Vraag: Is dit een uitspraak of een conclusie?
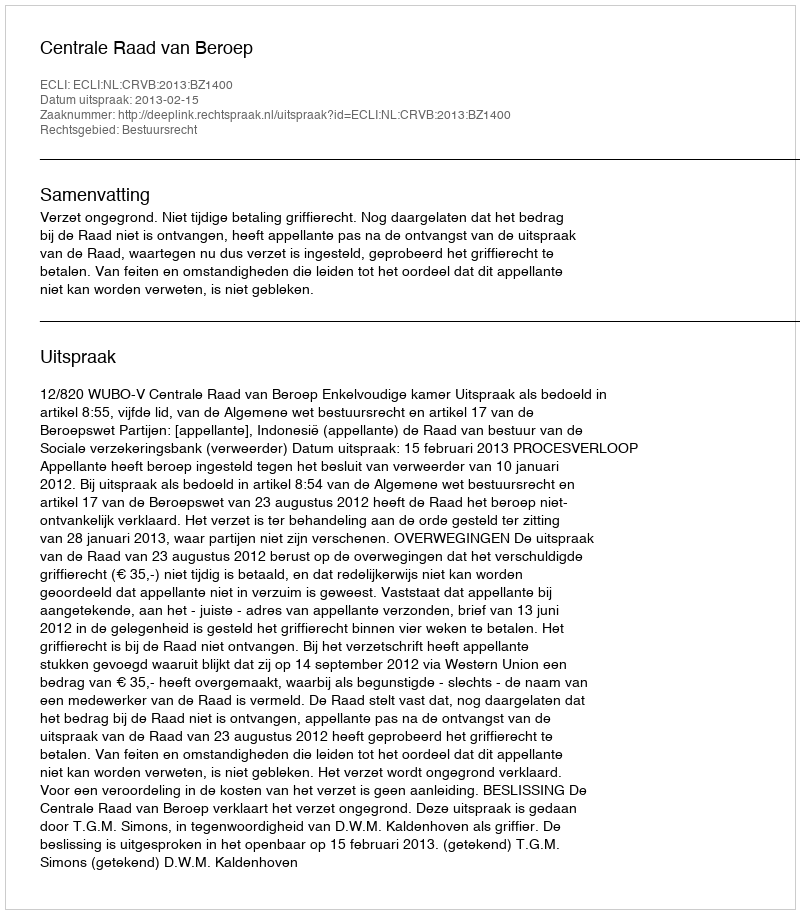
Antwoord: Uitspraak